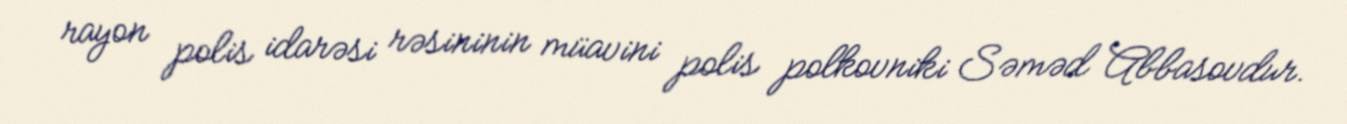
rayon polis idarəsi rəsininin müavini polis polkovniki Səməd Abbasovdur.